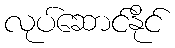
လုပ်ဆောင်နိုင်